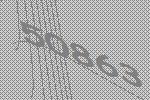
50863